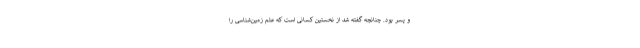
و پسر بود. چنانچه گفته شد از نخستین کسانی است که علم زمین‌شناسی را